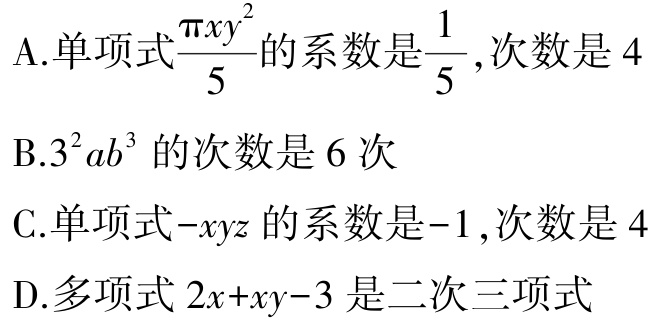
A.单项式$\frac{\pi xy^{2}}{5}$的系数是$\frac{1}{5}$,次数是$4$
B.$3^{2}ab^{3}$的次数是$6$次
C.单项式$-xyz$的系数是$-1$,次数是$4$
D.多项式$2x + xy - 3$是二次三项式